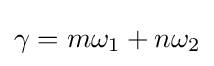
\gamma =m\omega _{1}+n\omega _{2}